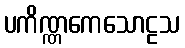
ပကိဏ္ဏကေသောဠသ